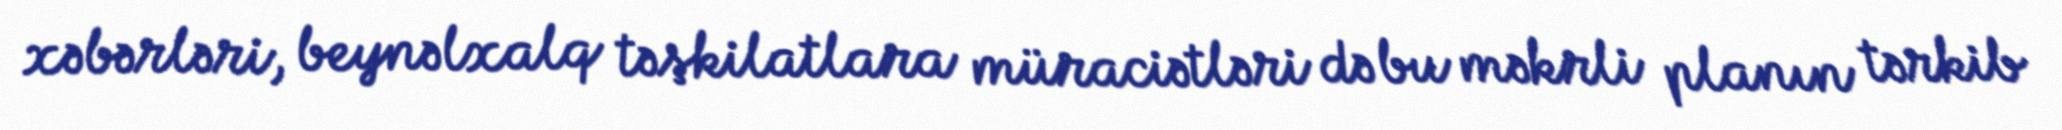
xəbərləri, beynəlxalq təşkilatlara müraciətləri də bu məkrli planın tərkib